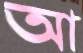
আ